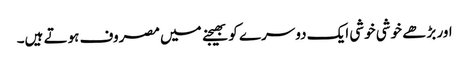
اور بڑھے خوشی خوشی ایک دوسرے کو بھیجنے میں مصروف ہوتے ہیں۔